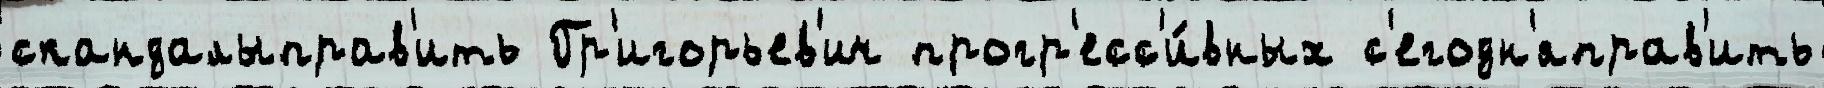
скандалыправ'ить Гр'игорьев'ич прогр'есс'и́вных с'егодн'яправ'ить